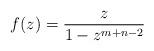
LaTeX: \begin{align*} f(z) =\frac{z}{1-z^{m+n-2}}\end{align*}